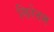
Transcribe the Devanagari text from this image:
सिरेनम